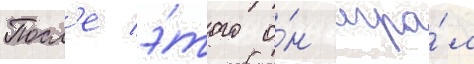
Посл'е э́того о́н игра́л